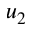
u _ { 2 }